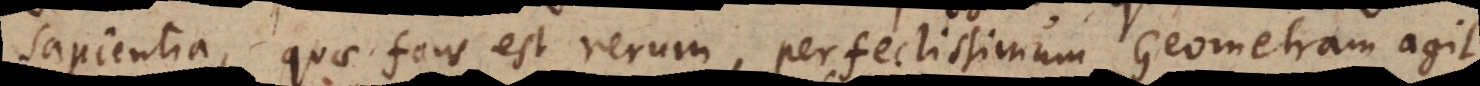
Sapientia, quae fons est rerum, perfectissimum Geometram agit,